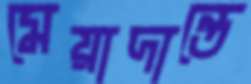
মেয়াদান্তে